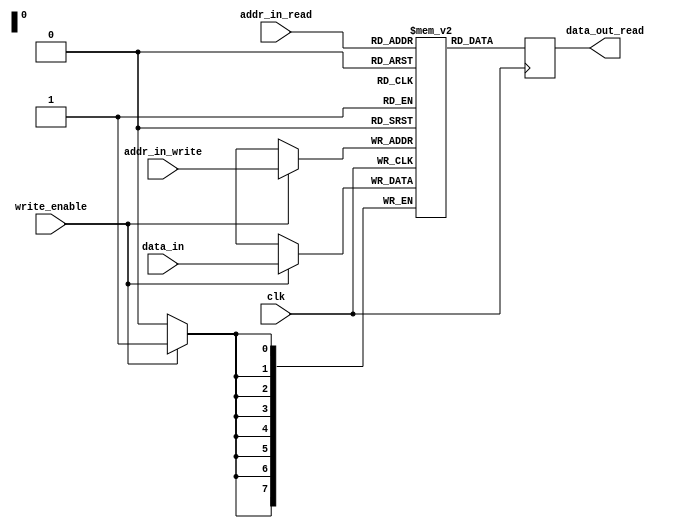
module dual_port_RAM (
    input clk,
    input [7:0] data_in,
    input [7:0] addr_in_write,
    input [7:0] addr_in_read,
    input write_enable,
    output reg [7:0] data_out_read
);

reg [7:0] memory [0:255];

always @(posedge clk) begin
    if (write_enable) begin
        memory[addr_in_write] <= data_in;
    end
    data_out_read <= memory[addr_in_read];
end

endmodule